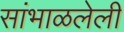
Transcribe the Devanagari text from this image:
सांभाळलेली